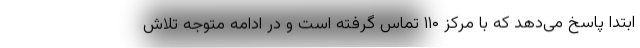
ابتدا پاسخ می‌دهد که با مرکز ۱۱۰ تماس گرفته است و در ادامه متوجه تلاش